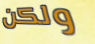
ولكن